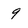
Character: 9